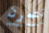
نتمرن